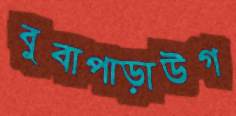
বুবাপাড়াউগ